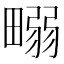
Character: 𤲹